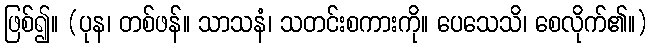
ဖြစ်၍။ (ပုန၊ တစ်ဖန်။ သာသနံ၊ သတင်းစကားကို။ ပေသေသိ၊ စေလိုက်၏။)